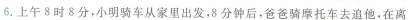
6.上午8时8分，小明骑车从家里出发，8分钟后，爸爸骑摩托车去追他，在离